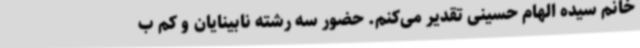
خانم سیده الهام حسینی تقدیر می‌کنم. حضور سه رشته نابینایان و کم ب